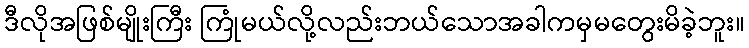
ဒီလိုအဖြစ်မျိုးကြီး ကြုံမယ်လို့လည်းဘယ်သောအခါကမှမတွေးမိခဲ့ဘူး။